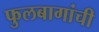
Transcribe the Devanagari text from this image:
फुलबागांची